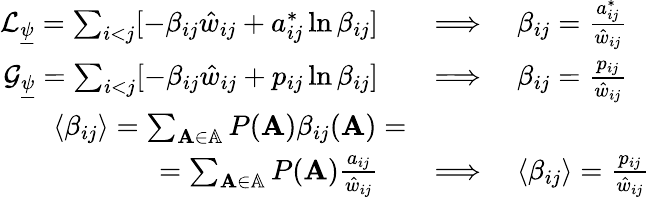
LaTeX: \begin{array}{rl}{\mathcal{L}_{\underline{{\psi}}}=\sum_{i<j}[-\beta_{ij}\hat{w}_{ij}+a_{ij}^{*}\ln\beta_{ij}]\quad}&{\Longrightarrow\quad\beta_{ij}=\frac{a_{ij}^{*}}{\hat{w}_{ij}}}\\ {\mathcal{G}_{\underline{{\psi}}}=\sum_{i<j}[-\beta_{ij}\hat{w}_{ij}+p_{ij}\ln\beta_{ij}]\quad}&{\Longrightarrow\quad\beta_{ij}=\frac{p_{ij}}{\hat{w}_{ij}}}\\ {\langle\beta_{ij}\rangle=\sum_{\mathbf{A}\in\mathbb{A}}P(\mathbf{A})\beta_{ij}(\mathbf{A})=}\\ {=\sum_{\mathbf{A}\in\mathbb{A}}P(\mathbf{A})\frac{a_{ij}}{\hat{w}_{ij}}\quad}&{\Longrightarrow\quad\langle\beta_{ij}\rangle=\frac{p_{ij}}{\hat{w}_{ij}}}\end{array}